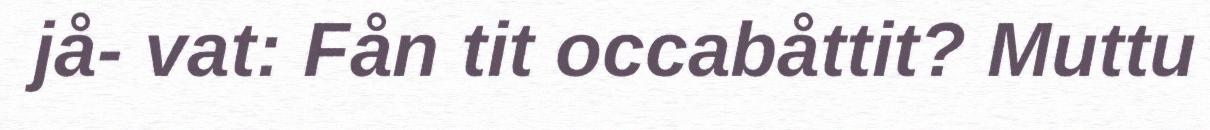
jå- vat: Fån tit occabåttit? Muttu